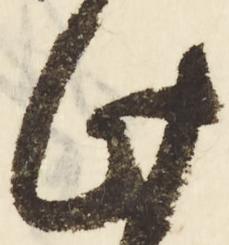
此